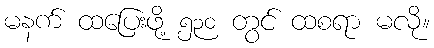
မနက် ထပြေးဖို့ ၅၃၀ တွင် ထစရာ မလို။